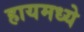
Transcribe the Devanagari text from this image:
हायमध्ये